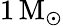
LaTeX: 1\mathrm{\, M_{\odot}}